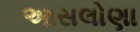
આસલોણા